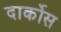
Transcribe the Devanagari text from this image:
दार्कोस